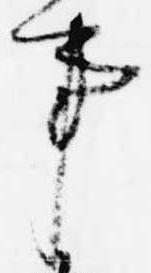
事